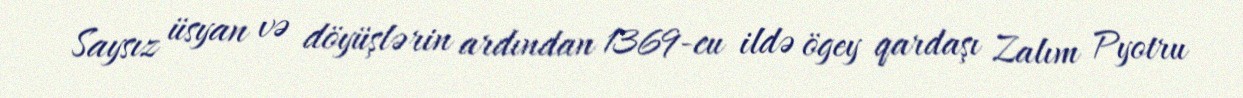
Saysız üsyan və döyüşlərin ardından 1369-cu ildə ögey qardaşı Zalım Pyotru